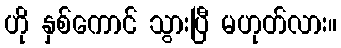
ဟို နှစ်ကောင် သွားပြီ မဟုတ်လား။